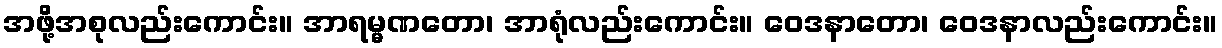
အဖို့အစုလည်းကောင်း။ အာရမ္မဏတော၊ အာရုံလည်းကောင်း။ ဝေဒနာတော၊ ဝေဒနာလည်းကောင်း။